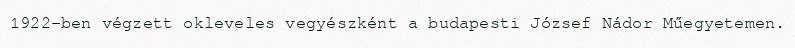
1922-ben végzett okleveles vegyészként a budapesti József Nádor Műegyetemen.